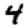
Digit: 4